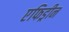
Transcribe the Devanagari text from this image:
एफिड्रीन